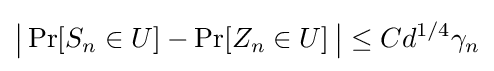
{\big |}\Pr[S_{n}\in U]-\Pr[Z_{n}\in U]\,{\big |}\leq Cd^{1/4}\gamma _{n}